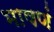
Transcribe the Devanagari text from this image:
भाषणं